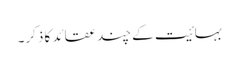
بہائیت کے چند عقائد کا ذکر۔